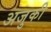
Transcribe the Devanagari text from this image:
अजुकी